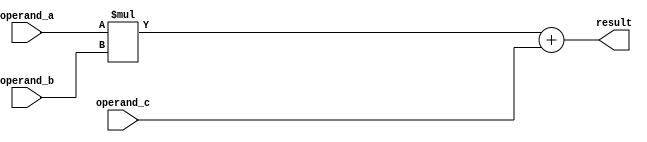
module fused_multiply_add_fp_unit (
    input wire [31:0] operand_a,
    input wire [31:0] operand_b,
    input wire [31:0] operand_c,
    output reg [31:0] result
);

    reg [31:0] product;
    reg [63:0] accumulator;

    // Perform multiplication
    always @* 
        product = operand_a * operand_b;

    // Perform addition
    always @* 
        accumulator = product + operand_c;

    // Output the result
    always @*
        result = accumulator[31:0];

endmodule